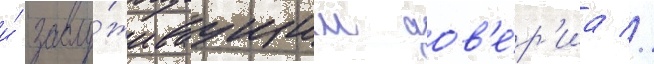
и́ заслу́живаущим дов'е́р'иа //